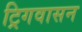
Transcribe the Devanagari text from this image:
ट्रिगवासन